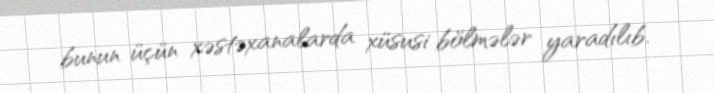
bunun üçün xəstəxanalarda xüsusi bölmələr yaradılıb.